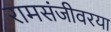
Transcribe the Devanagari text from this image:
रामसंजीवरया